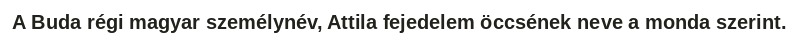
A Buda régi magyar személynév, Attila fejedelem öccsének neve a monda szerint.